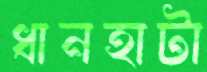
ধানহাটা